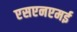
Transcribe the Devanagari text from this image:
एसएनएमई